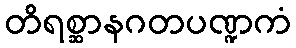
တိရစ္ဆာနဂတပဏ္ဍကံ